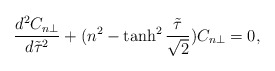
\begin{align*}\frac{d^2C_{n\perp}}{d\tilde{\tau}^2}+(n^2-\tanh^2\frac{\tilde{\tau}}{\sqrt{2}})C_{n\perp}=0,\end{align*}